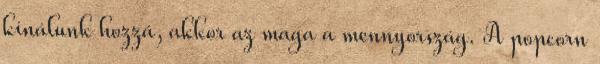
kínálunk hozzá, akkor az maga a mennyország. A popcorn